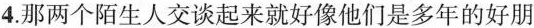
4.那两个陌生人交谈起来就好像他们是多年的好朋